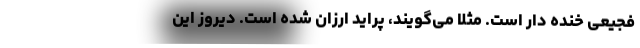
فجیعی خنده دار است. مثلا می‌گویند، پراید ارزان شده است. دیروز این